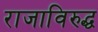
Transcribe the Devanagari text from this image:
राजाविरुद्ध